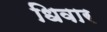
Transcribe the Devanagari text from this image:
धिवार